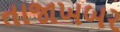
તાજાખબર